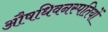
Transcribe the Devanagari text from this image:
औषधिवनस्पतियों